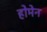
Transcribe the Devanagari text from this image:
होमेन